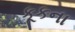
કૂકના